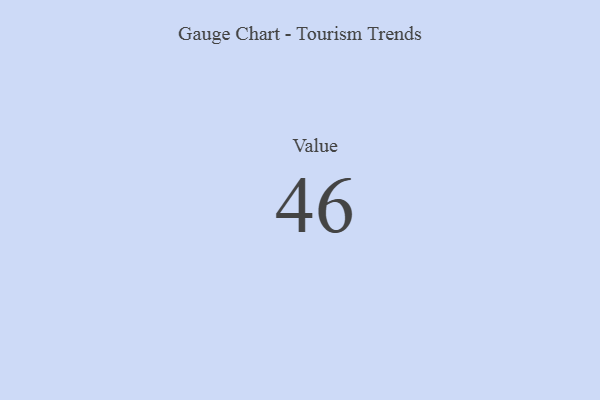
{"axis": {"x": "Metric", "y": "Value"}, "legend": [""], "data": [{"x": "Value", "y": 46, "type": ""}]}